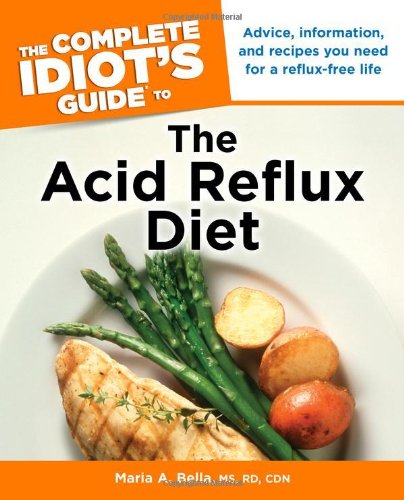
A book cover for The Complete Idiot's Guide to the Acid Reflux Diet (Idiot's Guides); Maria A. Bella MS;RD;CDN; Health, Fitness & Dieting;